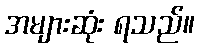
အများဆုံး ရသည်။